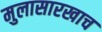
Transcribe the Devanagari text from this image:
मुलासारखाच